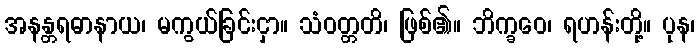
အနန္တရဓာနာယ၊ မကွယ်ခြင်းငှာ။ သံဝတ္တတိ၊ ဖြစ်၏။ ဘိက္ခဝေ၊ ရဟန်းတို့။ ပုန၊